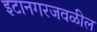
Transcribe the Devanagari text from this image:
इटानगरजवळील